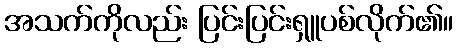
အသက်ကိုလည်း ပြင်းပြင်းရှူပစ်လိုက်၏။